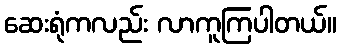
ဆေးရုံကလည်း လာကူကြပါတယ်။